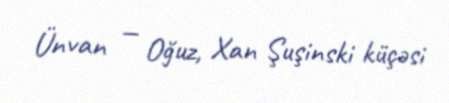
Ünvan — Oğuz, Xan Şuşinski küçəsi